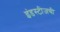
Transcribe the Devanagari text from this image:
इंडस्टीजची